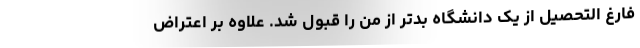
فارغ التحصیل از یک دانشگاه بدتر از من را قبول شد. علاوه بر اعتراض